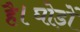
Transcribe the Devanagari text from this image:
है।घोड़ों